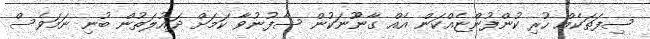
ސިފަތަކެއް ހުރި ކުންފުންޏެއްކަން އެއް ގާނޫނަކުން ސާފުނުވާ ކަމަށް ދައުލަތުން ބުނި ނަމަވެސް